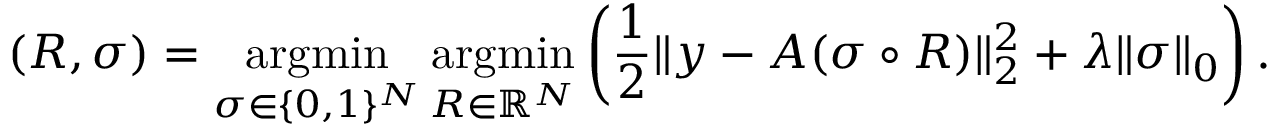
( R , \sigma ) = \operatorname * { a r g m i n } _ { \sigma \in \{ 0 , 1 \} ^ { N } } \operatorname * { a r g m i n } _ { R \in \mathbb { R } ^ { N } } \left( \frac { 1 } { 2 } \| y - A ( \sigma \circ R ) \| _ { 2 } ^ { 2 } + { \lambda } \| \sigma \| _ { 0 } \right) .